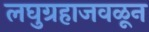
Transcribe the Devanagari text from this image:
लघुग्रहाजवळून